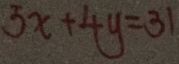
5 x + 4 y = 3 1